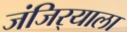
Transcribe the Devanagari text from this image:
जंजिर्‍याला